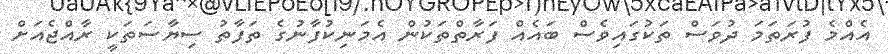
އެއްމެ ފުރަތަމަ ދުވަސް ތަކުގައިވެސް ބައެއް ފަރާތްތަކުން އެމަނިކުފާނުގެ ތަފާތު ސިޔާސަތަކީ ރާއްޖެއަށް